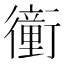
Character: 𧘂